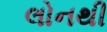
લોનથી